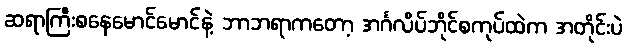
ဆရာကြီးစနေမောင်မောင်နဲ့ ဘာဘရာကတော့ အင်္ဂလိပ်ဘိုင်စကုပ်ထဲက အတိုင်းပဲ